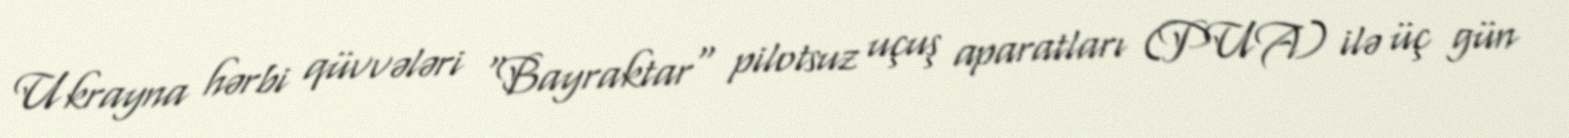
Ukrayna hərbi qüvvələri "Bayraktar" pilotsuz uçuş aparatları (PUA) ilə üç gün